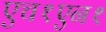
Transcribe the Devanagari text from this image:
एच१एन१